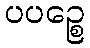
ပပဉ္စေ